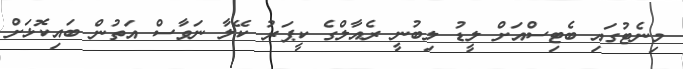
މިނެޓުގައި ބެޓިސްއަށް ލީޑު ލިބުނީ ރެއާލްގެ ކީޕަރު ކޭލާ ނަވާސް އަތުން ބައިކޮޅަށް